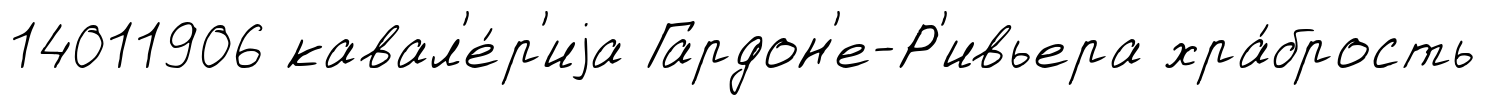
14011906 кавал'е́р'иjа Гардон'е-Р'ивьера хра́брость